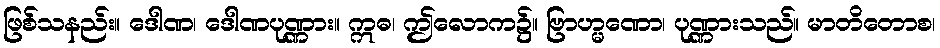
ဖြစ်သနည်း။ ဒေါဏ၊ ဒေါဏပုဏ္ဏား။ ဣဓ၊ ဤလောက၌။ ဗြာဟ္မဏော၊ ပုဏ္ဏားသည်။ မာတိတောစ၊